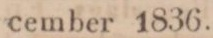
cember 1836.